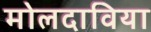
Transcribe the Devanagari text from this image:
मोलदाविया